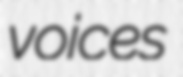
voices